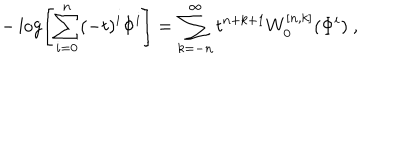
LaTeX: - \log \left[ \sum _ { i = 0 } ^ { n } ( - t ) ^ { i } \Phi ^ { i } \right] = \sum _ { k = - n } ^ { \infty } t ^ { n + k + 1 } W _ { 0 } ^ { [ n , k ] } ( \Phi ^ { i } ) ~ ,